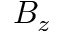
B _ { z }